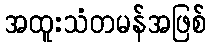
အထူးသံတမန်အဖြစ်